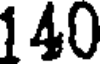
140